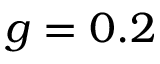
g = 0 . 2